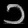
Digit: ၁